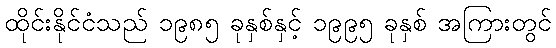
ထိုင်းနိုင်ငံသည် ၁၉၈၅ ခုနှစ်နှင့် ၁၉၉၅ ခုနှစ် အကြားတွင်